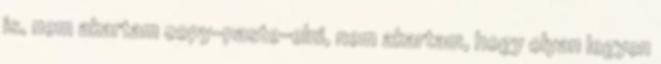
is, nem akartam copy-paste-elni, nem akartam, hogy olyan legyen